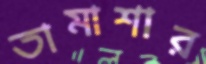
তামাশার